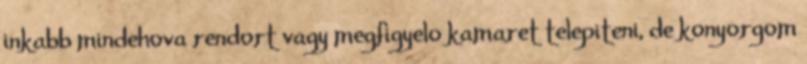
inkabb mindehova rendort vagy megfigyelo kamaret telepiteni, de konyorgom